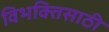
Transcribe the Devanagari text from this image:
विभक्तिसाठी